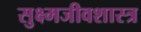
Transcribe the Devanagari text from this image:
सुक्ष्मजीवशास्त्र